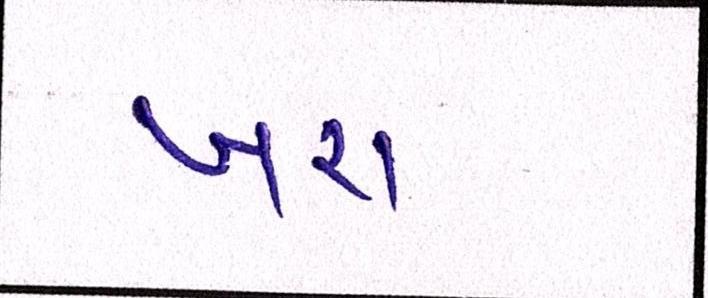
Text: ખરા